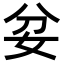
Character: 𡛑